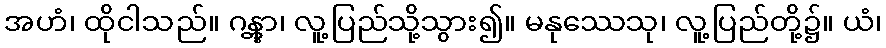
အဟံ၊ ထိုငါသည်။ ဂန္တွာ၊ လူ့ပြည်သို့သွား၍။ မနုဿေသု၊ လူ့ပြည်တို့၌။ ယံ၊